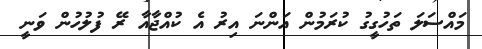
މައްސަލަ ތަހުގީގު ކުރަމުން އަންނަ އިރު އެ ކުއްޖާއާ ރޭ ފުލުހުން ވަނީ